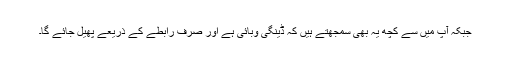
جبکہ آپ میں سے کچھ یہ بھی سمجھتے ہیں کہ ڈینگی وبائی ہے اور صرف رابطے کے ذریعے پھیل جائے گا۔